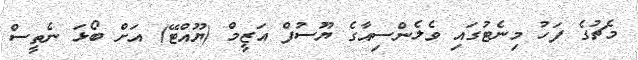
މެޗުގެ ފަހު މިނެޓުގައި ވެލެންސިއާގެ ޔޫސުފް އަޒީމް (ޔޫއްޓޭ) އަށް ބޯޅަ ނެތީސް